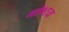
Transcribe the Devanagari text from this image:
गोष्टय